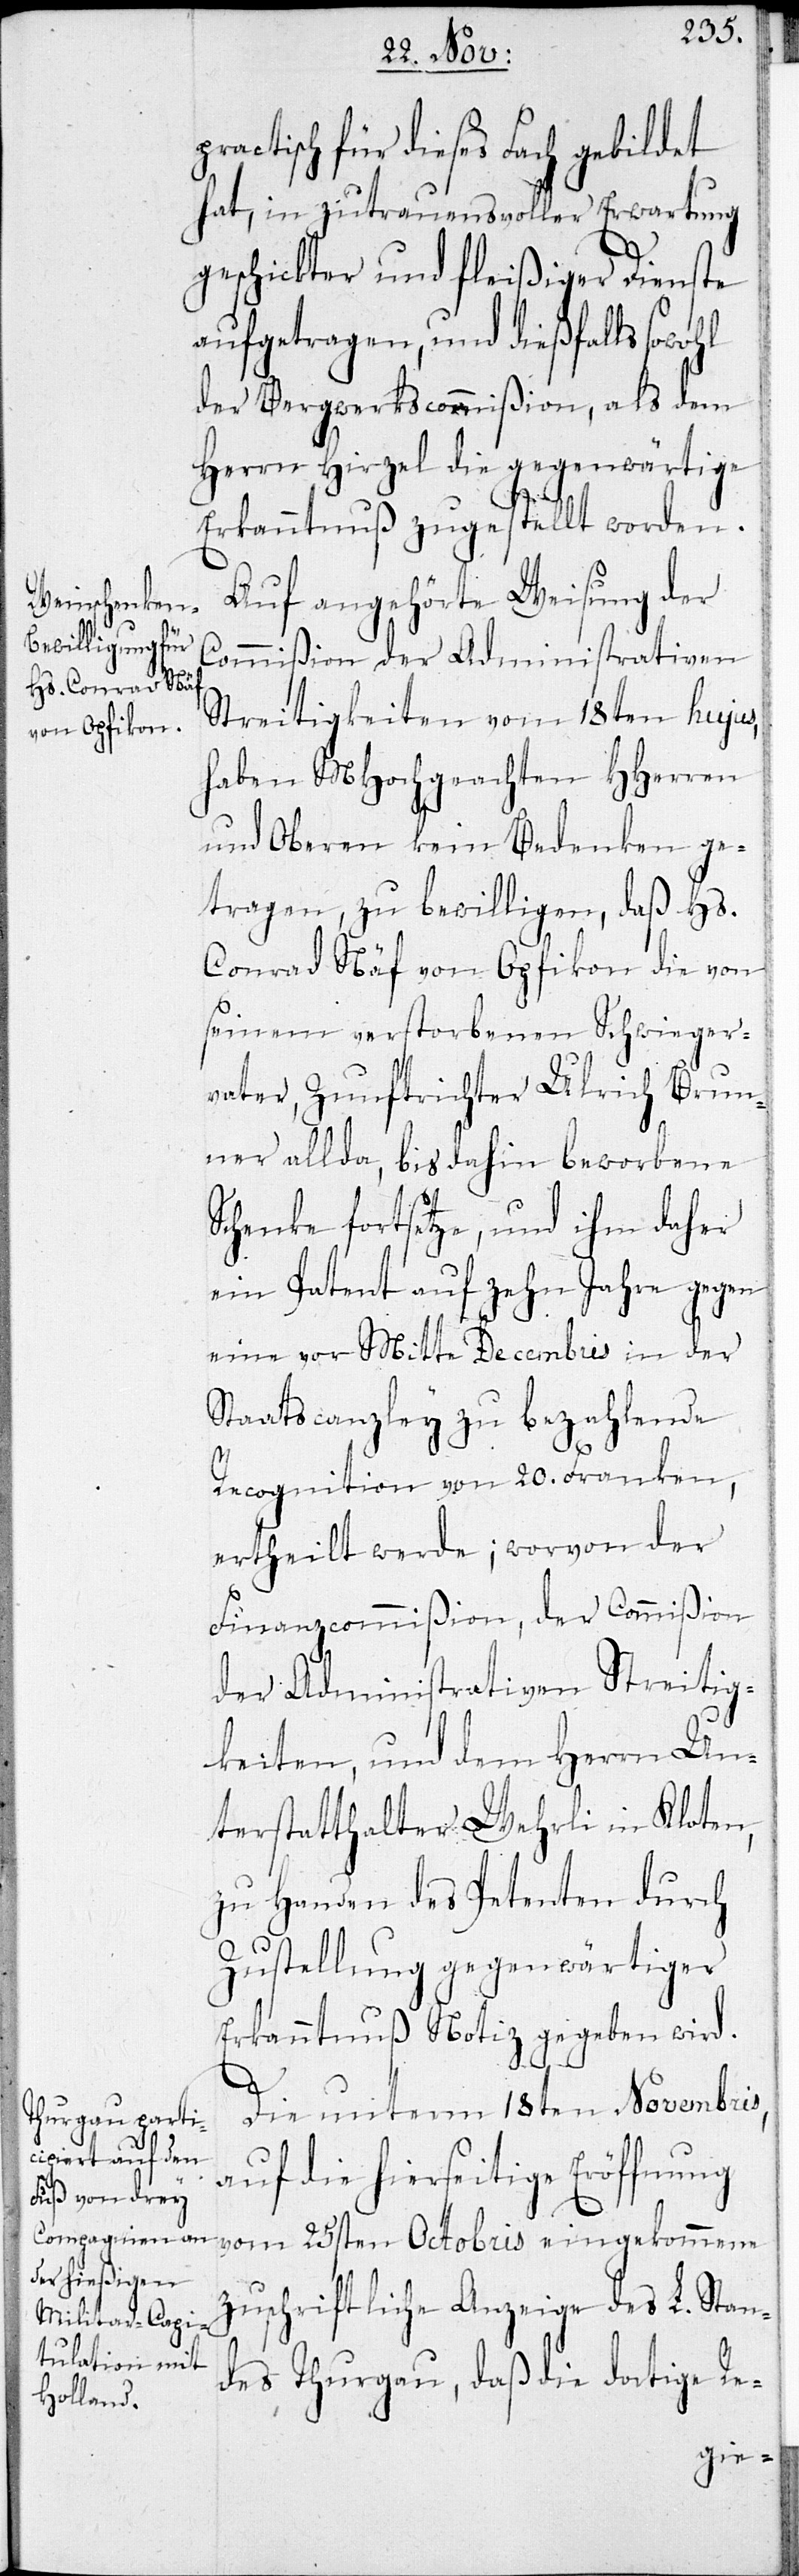
ractisch für dieses Fach gebildet
hat, in zutrauensvoller Erwartung
geschickter und fleißiger Dienste
aufgetragen, und dießfalls sowohl
der Bergwerkscommißion, als dem
Herrn Hirzel die gegenwärtige
Erkanntnuß ugestellt worden.
Auf angehörte Weisung der
Commißion der Administrativen
Streitigkeiten vom 18ten hujus,
haben MHochgeachten HHerren
und Oberen kein Bedenken ge¬
tragen, zu bewilligen, daß Hs.
Conrad Näf von Opfikon, die von
seinem verstorbenen Schwieger¬
vater, Zunftrichter Ulrich Brun¬
ner allda, bis dahin beworbene
Schule fortsetze, und ihm daher
ein Patent auf zehn Jahre gegen
eine vor Mitte Decembris in der
Staatscanzley zu bezahlende
Recognition von 20. Franken
ertheilt werde; worvon der
Finanzcommißion, der Commißion
der Administrativen Streitig¬
keiten, und dem Herrn Un¬
terstatthalter Wehrli in Kloten,
zu Handen des Pententen durch
Zustellung gegenwärtiger
Erkantnus Notiz gegeben wird.
Die unterm 18ten Novembris
auf die hierseitige Eröffnung
vom 25sten Octobris eingekommene
zuschriftliche Anzeige des L. Stan¬
des Thurgau, daß die dortige Re-
p¬